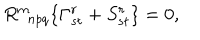
R _ { \; \; n p q } ^ { m } \{ \Gamma _ { s t } ^ { r } + S _ { s t } ^ { r } \} = 0 ,